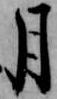
月